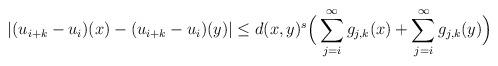
LaTeX: \begin{align*}|(u_{i+k}-u_i)(x)-(u_{i+k}-u_i)(y)|\le d(x,y)^s\Big( \sum_{j=i}^\infty g_{j,k}(x)+ \sum_{j=i}^\infty g_{j,k}(y)\Big)\end{align*}